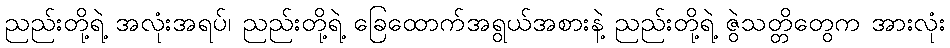
ညည်းတို့ရဲ့ အလုံးအရပ်၊ ညည်းတို့ရဲ့ ခြေထောက်အရွယ်အစားနဲ့ ညည်းတို့ရဲ့ ဇွဲသတ္တိတွေက အားလုံး